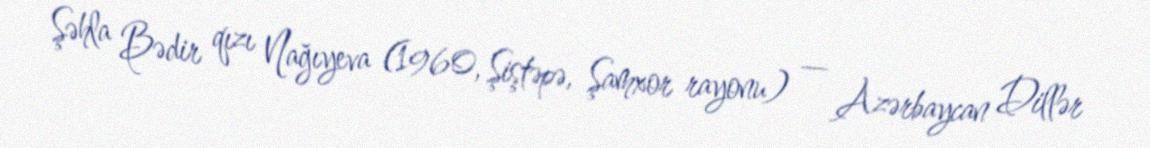
Şəhla Bədir qızı Nağıyeva (1960, Şiştəpə, Şamxor rayonu) — Azərbaycan Dillər